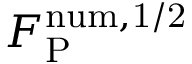
F _ { \mathrm { P } } ^ { \mathrm { n u m , 1 / 2 } }